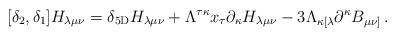
LaTeX: \begin{align*}[\delta_{2},\delta_{1}]H_{\lambda\mu\nu}=\delta_{5{\rm D}}H_{\lambda\mu\nu}+\Lambda^{\tau\kappa}x_{\tau}\partial_{\kappa}H_{\lambda\mu\nu}-3\Lambda_{\kappa [\lambda}\partial^{\kappa}B_{\mu\nu]}\,.\end{align*}